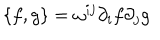
\{ f , g \} = \omega ^ { i j } \partial _ { i } f \partial _ { j } g